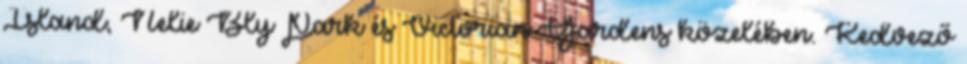
Island, Nelie Bly Park és Victorian Gardens közelében. Kedvező